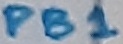
Text: PB1